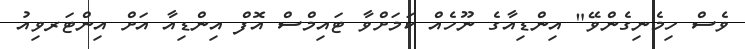
ވެސް ހިމެނިގެންވޭ" އިންޑިއާާގެ ނޫހެއް ކަމަށްވާ ޓައިމްސް އޮފް އިންޑިއާ އަށް އިންޓަރވިއު